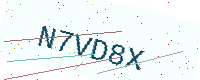
Text: N7VD8X